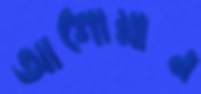
আগোয়ান